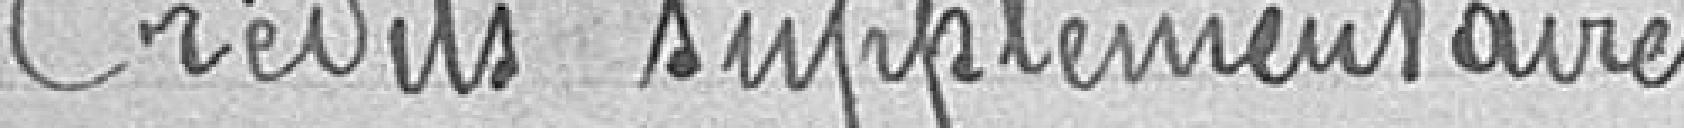
Crédits supplémentaires